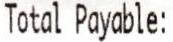
TOTAL PAYABLE: